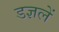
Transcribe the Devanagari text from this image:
डज्ञलें